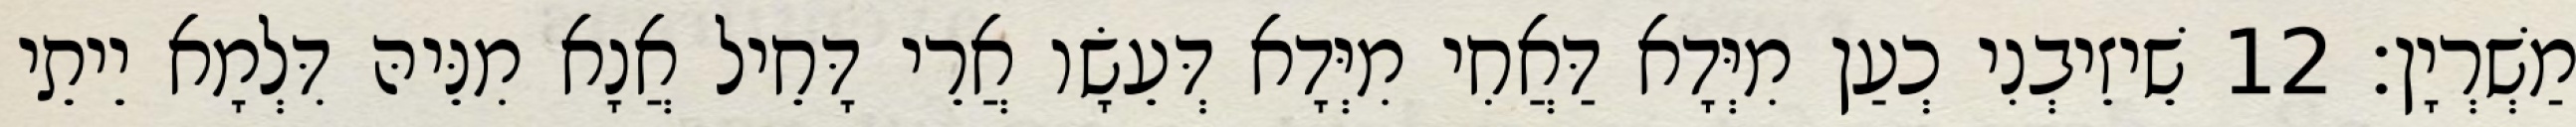
מַשְׁרְיָן׃ 12 שֵׁיזֵיבְנִי כְעַן מִיְּדָא דַּאֲחִי מִיְּדָא דְּעֵשָׂו אֲרֵי דָּחֵיל אֲנָא מִנֵּיהּ דִּלְמָא יֵיתֵי